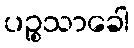
ပဉ္စသာခေါ